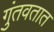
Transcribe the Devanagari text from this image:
गुंतवतात